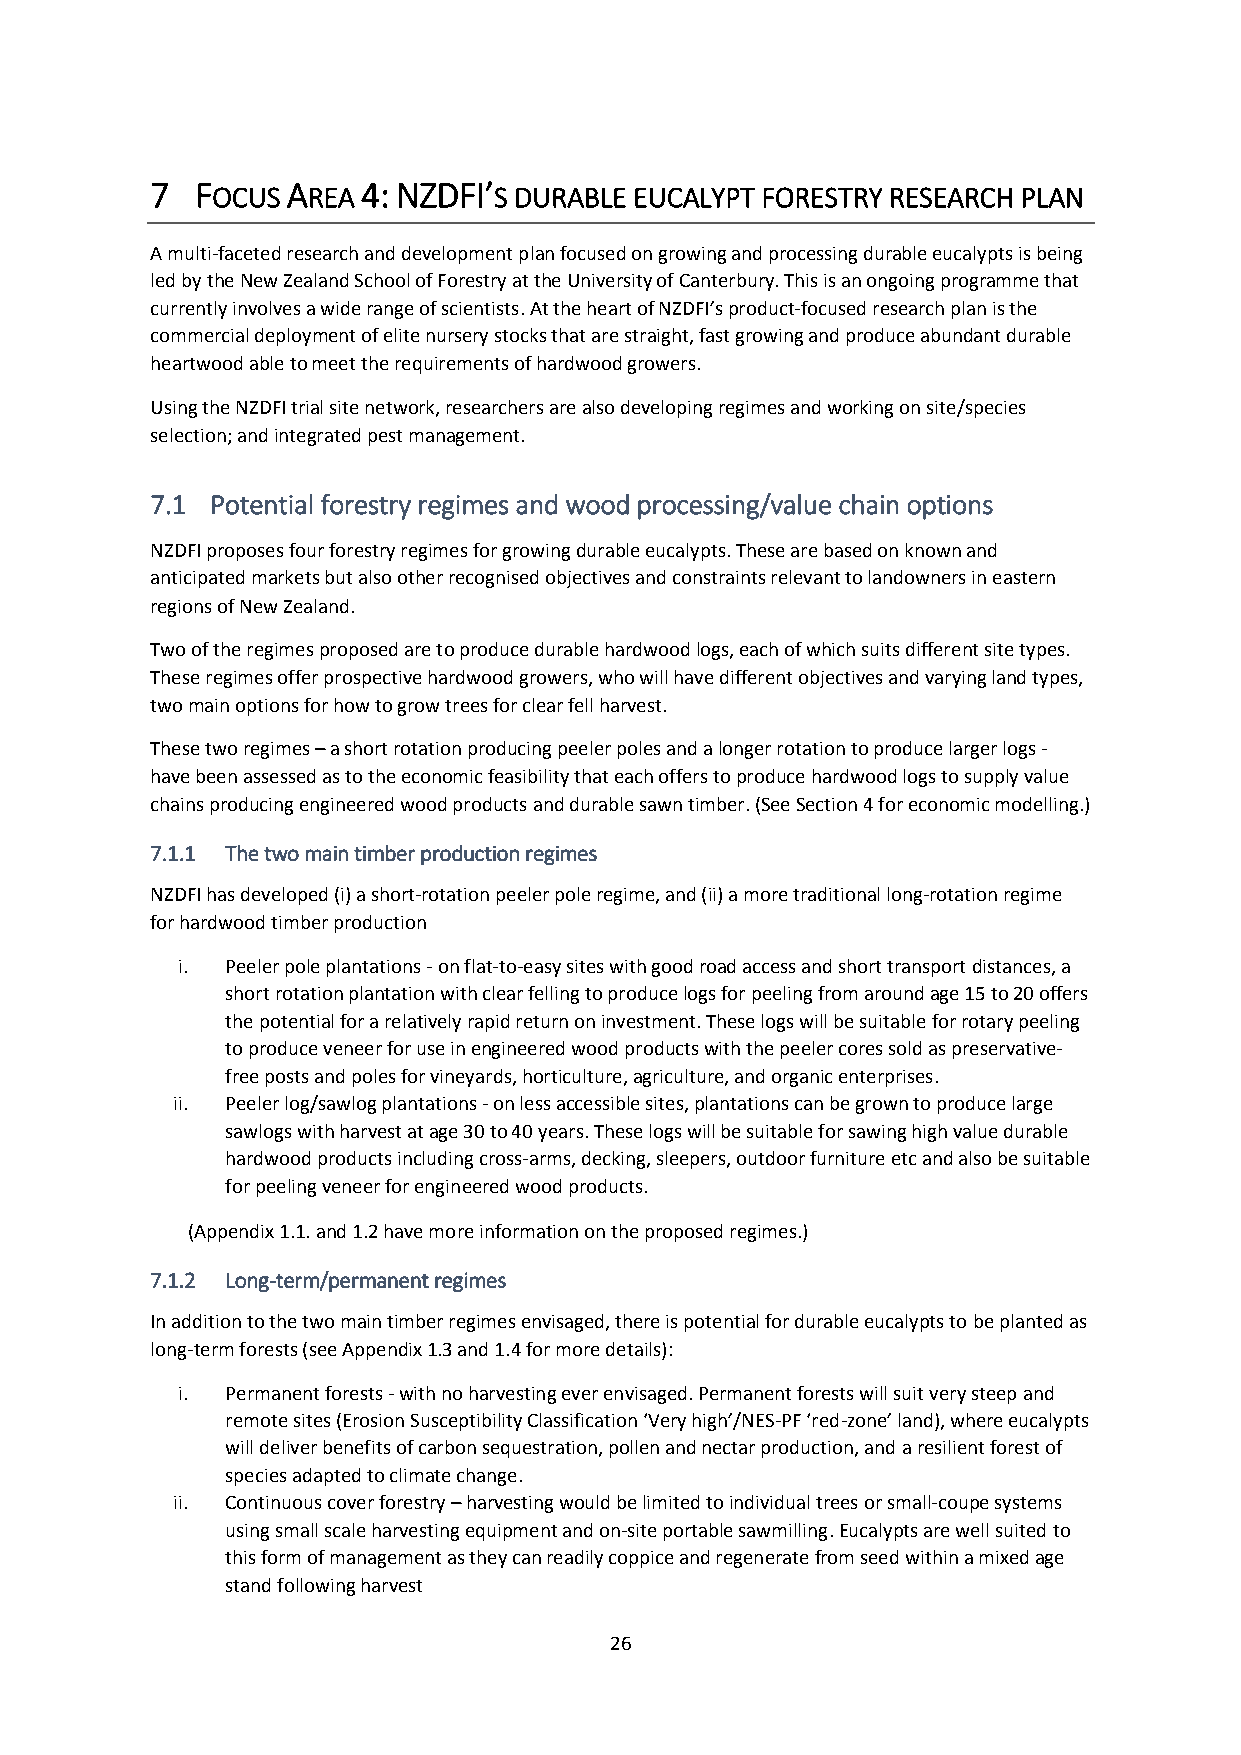
7  FOCUS AREA 4: NZDFI’S DURABLE EUCALYPT FORESTRY RESEARCH PLAN
 A multi-faceted research and development plan focused on growing and processing durable eucalypts is being
 led by the New Zealand School of Forestry at the University of Canterbury. This is an ongoing programme that
 currently involves a wide range of scientists. At the heart of NZDFI’s product-focused research plan is the
 commercial deployment of elite nursery stocks that are straight, fast growing and produce abundant durable
 heartwood able to meet the requirements of hardwood growers.
 Using the NZDFI trial site network, researchers are also developing regimes and working on site/species
 selection; and integrated pest management.
 7.1 Potential forestry regimes and wood processing/value chain options
 NZDFI proposes four forestry regimes for growing durable eucalypts. These are based on known and
 anticipated markets but also other recognised objectives and constraints relevant to landowners in eastern
 regions of New Zealand.
 Two of the regimes proposed are to produce durable hardwood logs, each of which suits different site types.
 These regimes offer prospective hardwood growers, who will have different objectives and varying land types,
 two main options for how to grow trees for clear fell harvest.
 These two regimes – a short rotation producing peeler poles and a longer rotation to produce larger logs -
 have been assessed as to the economic feasibility that each offers to produce hardwood logs to supply value
 chains producing engineered wood products and durable sawn timber. (See Section 4 for economic modelling.)
 7.1.1 The two main timber production regimes
 NZDFI has developed (i) a short-rotation peeler pole regime, and (ii) a more traditional long-rotation regime
 for hardwood timber production
 i. Peeler pole plantations - on flat-to-easy sites with good road access and short transport distances, a
 short rotation plantation with clear felling to produce logs for peeling from around age 15 to 20 offers
 the potential for a relatively rapid return on investment. These logs will be suitable for rotary peeling
 to produce veneer for use in engineered wood products with the peeler cores sold as preservative-
 free posts and poles for vineyards, horticulture, agriculture, and organic enterprises.
 ii. Peeler log/sawlog plantations - on less accessible sites, plantations can be grown to produce large
 sawlogs with harvest at age 30 to 40 years. These logs will be suitable for sawing high value durable
 hardwood products including cross-arms, decking, sleepers, outdoor furniture etc and also be suitable
 for peeling veneer for engineered wood products.
 (Appendix 1.1. and 1.2 have more information on the proposed regimes.)
 7.1.2 Long-term/permanent regimes
 In addition to the two main timber regimes envisaged, there is potential for durable eucalypts to be planted as
 long-term forests (see Appendix 1.3 and 1.4 for more details):
 i. Permanent forests - with no harvesting ever envisaged. Permanent forests will suit very steep and
 remote sites (Erosion Susceptibility Classification ‘Very high’/NES-PF ‘red-zone’ land), where eucalypts
 will deliver benefits of carbon sequestration, pollen and nectar production, and a resilient forest of
 species adapted to climate change.
 ii. Continuous cover forestry – harvesting would be limited to individual trees or small-coupe systems
 using small scale harvesting equipment and on-site portable sawmilling. Eucalypts are well suited to
 this form of management as they can readily coppice and regenerate from seed within a mixed age
 stand following harvest
 26